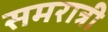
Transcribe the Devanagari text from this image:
समरात्री